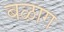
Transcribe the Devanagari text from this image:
बळाग